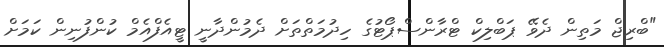
"ބްރިޖް މަތިން ދެވޭ ޕަބްލިކް ޓްރާންސްޕޯޓުގެ ހިދުމަތްތަށް ދެމުންދާނީ ޓީއެފްއެމް ކުންފުނިން ކަމަށް